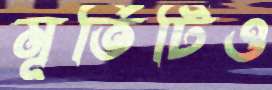
মূর্তিটিও